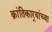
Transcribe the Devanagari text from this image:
क्रांतिकार्‍यांच्या